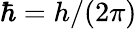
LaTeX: \hbar=h/(2\pi)